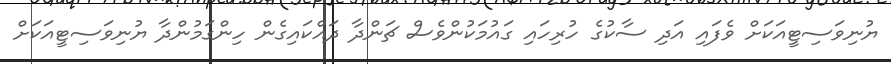
ޔުނިވަސިޓީއަކަށް ވެފައި އަދި ސާކުގެ ހުރިހައި ގައުމަކުންވެސް ޗަންދާ ދައްކައިގެން ހިންގަމުންދާ ޔުނިވަސިޓީއަކަށް